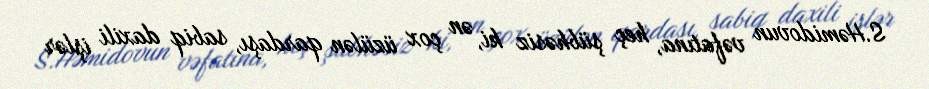
S.Həmidovun vəfatına, heç şübhəsiz ki, ən çox üzülən qardaşı, sabiq daxili işlər